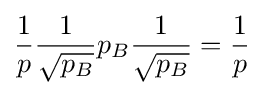
{\frac {1}{p}}{\frac {1}{\sqrt {p_{B}}}}p_{B}{\frac {1}{\sqrt {p_{B}}}}={\frac {1}{p}}